Burma Government Medical School reports 1923-41
Year: 1923
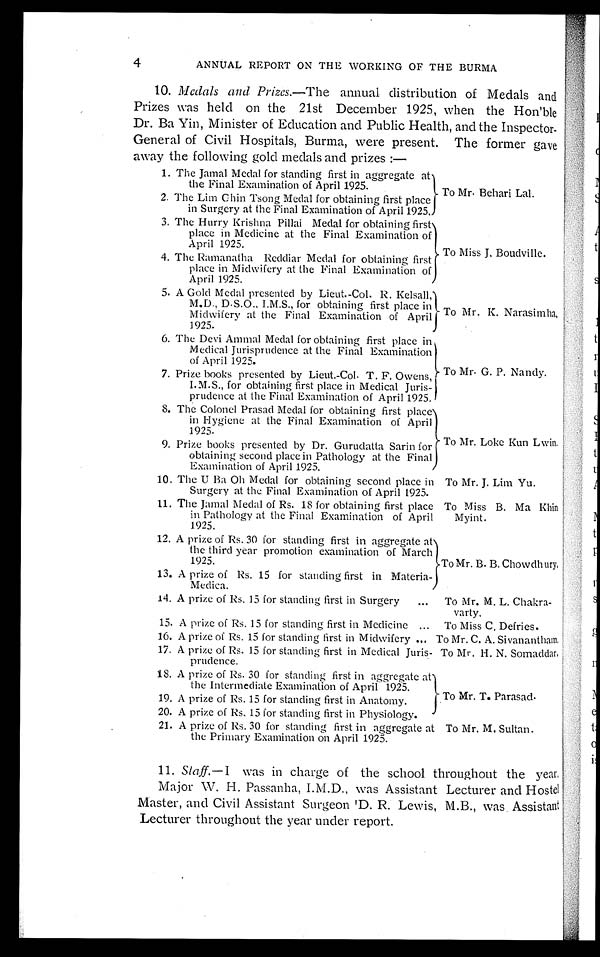
4
ANNUAL REPORT ON THE WORKING OF THE BURMA
4
A N N U A L R E P O R T O N T H E W O R K I N G O F T H E B U R M A
10. Medals and Prizes.-The annual distribution of Medals and
Prizes vas held on the 21st December 1925, when the Hon'ble
Dr. Ba Yin, Minister of Education and Public Health, and the Inspector-
General of Civil Hospitals, Burma, were present. The former gave
away the following gold medals and prizes :
—
1. The Jamal Medal for standing first in aggregate at
the Final Examination of April 1925.
2 . T h e L i m C h i n T s o n g M e d a l f o r o b t a i n i n g f i r s t p l a c e
in Surgery at the Final Examination of April 1925.
To Mr. Behari Lal.
3. The Hurry Krishna Pillai Medal for obtaining first
place in Medicine at the Final Examination of
April 1925.
4. The Ramanatha Reddiar Medal for obtaining first
place in Midwifery at the Final Examination of
April 1925.
T o M i s s J . B o u d v i l l e .
5. A Gold Medal presented by Lieut.-Col. R. Kelsall,
M.D., D.S.O., I.M.S., for obtaining first place in
Midwifery at the Final Examination of April
1925.
T o M r . K . N a r a s i m h a .
6. The Devi Ammal Medal for obtaining first place in
Medical Jurisprudence at the Final Examination
of April 1925.
7. Prize books presented by Lieut.-Col. T. F. Owens,
I.M.S., for obtaining first place in Medical Juris-
prudence at the Final Examination of April 1925.
To Mr. G. P. Nandy.
8. The Colonel Prasad Medal for obtaining first place
in Hygiene at the Final Examination of April
1925.
9. Prize books presented by Dr. Gurudatta Sarin for
obtaining second place in Pathology at the Final
Examination of April 1925.
To Mr. Loke Kun Lwin.
10. The U Ba Oh Medal for obtaining second place in
Surgery at the Final Examination of April 1925.
To Mr. J. Lim Yu.
11. The Jamal Medal of Rs. 18 for obtaining first place
in Pathology at the Final Examination of April
1925.
To Miss B. Ma Khim Myint.
1 2 . A p r i z e o f R s . 3 0 f o r s t a n d i n g f i r s t i n a g g r e g a t e a t
the third year promotion examination of March
1925.
13. A prize of Rs. 15 for standing first in Materia
-Medica.
To Mr. B. B. Chowdhury
14. A prize of Rs. 15 for standing first in Surgery
To Mr. M. L. Chakra
-varty.
15. A prize of Rs. 15 for standing first in Medicine
To Miss C Defries.
16. A prize of Rs. 15 for standing first in Midwifery
To Mr. C. A. Sivanantham.
17. A prize of Rs. 15 for standing first in Medical Juris-
prudence.
To Mr. H. N. Somaddar.
18. A prize of Rs. 30 for standing first in aggregate at
the Intermediate Examination of April 1925.
19. A prize of Rs. 15 for standing first in Anatomy.
20. A prize of Rs. 15 for standing first in Physiology.
To Mr. T. Parasad.
21. A prize of Rs. 30 for standing first in aggregate at
the Primary Examination on April 1925.
To Mr. M. Sultan
11. Staff- I was in charge of the school throughout the year
.
Major W. H. Passanha, I.M.D., was Assistant Lecturer and Hostel
Master, and Civil Assistant Surgeon 'D. R Lewis, M.B., was Assistant
Lecturer throughout the year under report.